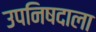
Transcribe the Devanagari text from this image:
उपनिषदाला